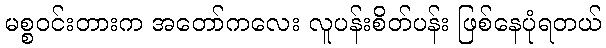
မစ္စဝင်းတားက အတော်ကလေး လူပန်းစိတ်ပန်း ဖြစ်နေပုံရတယ်